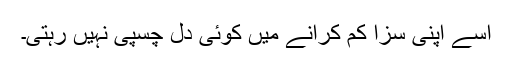
اسے اپنی سزا کم کرانے میں کوئی دل چسپی نہیں رہتی۔